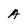
Character: A